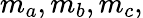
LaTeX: m_{a},m_{b},m_{c},